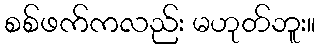
စစ်ဖက်ကလည်း မဟုတ်ဘူး။